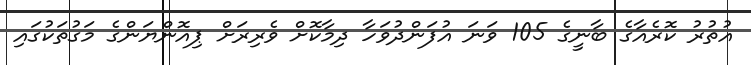
އުތުރު ކޮރެއާގެ ބާނީގެ 105 ވަނަ އުފަންދުވަހާ ދިމާކޮށް ވެރިރަށް ޕިއޮންޔަންގެ މަގުތަކުގައި